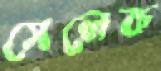
সেলেক